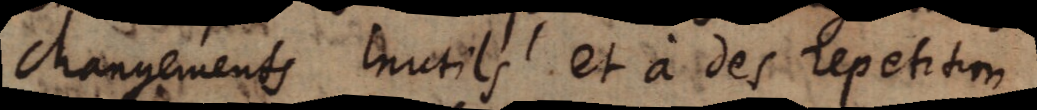
changements inutils et à des repetition